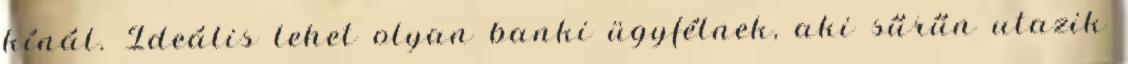
kínál. Ideális lehet olyan banki ügyfélnek, aki sűrűn utazik